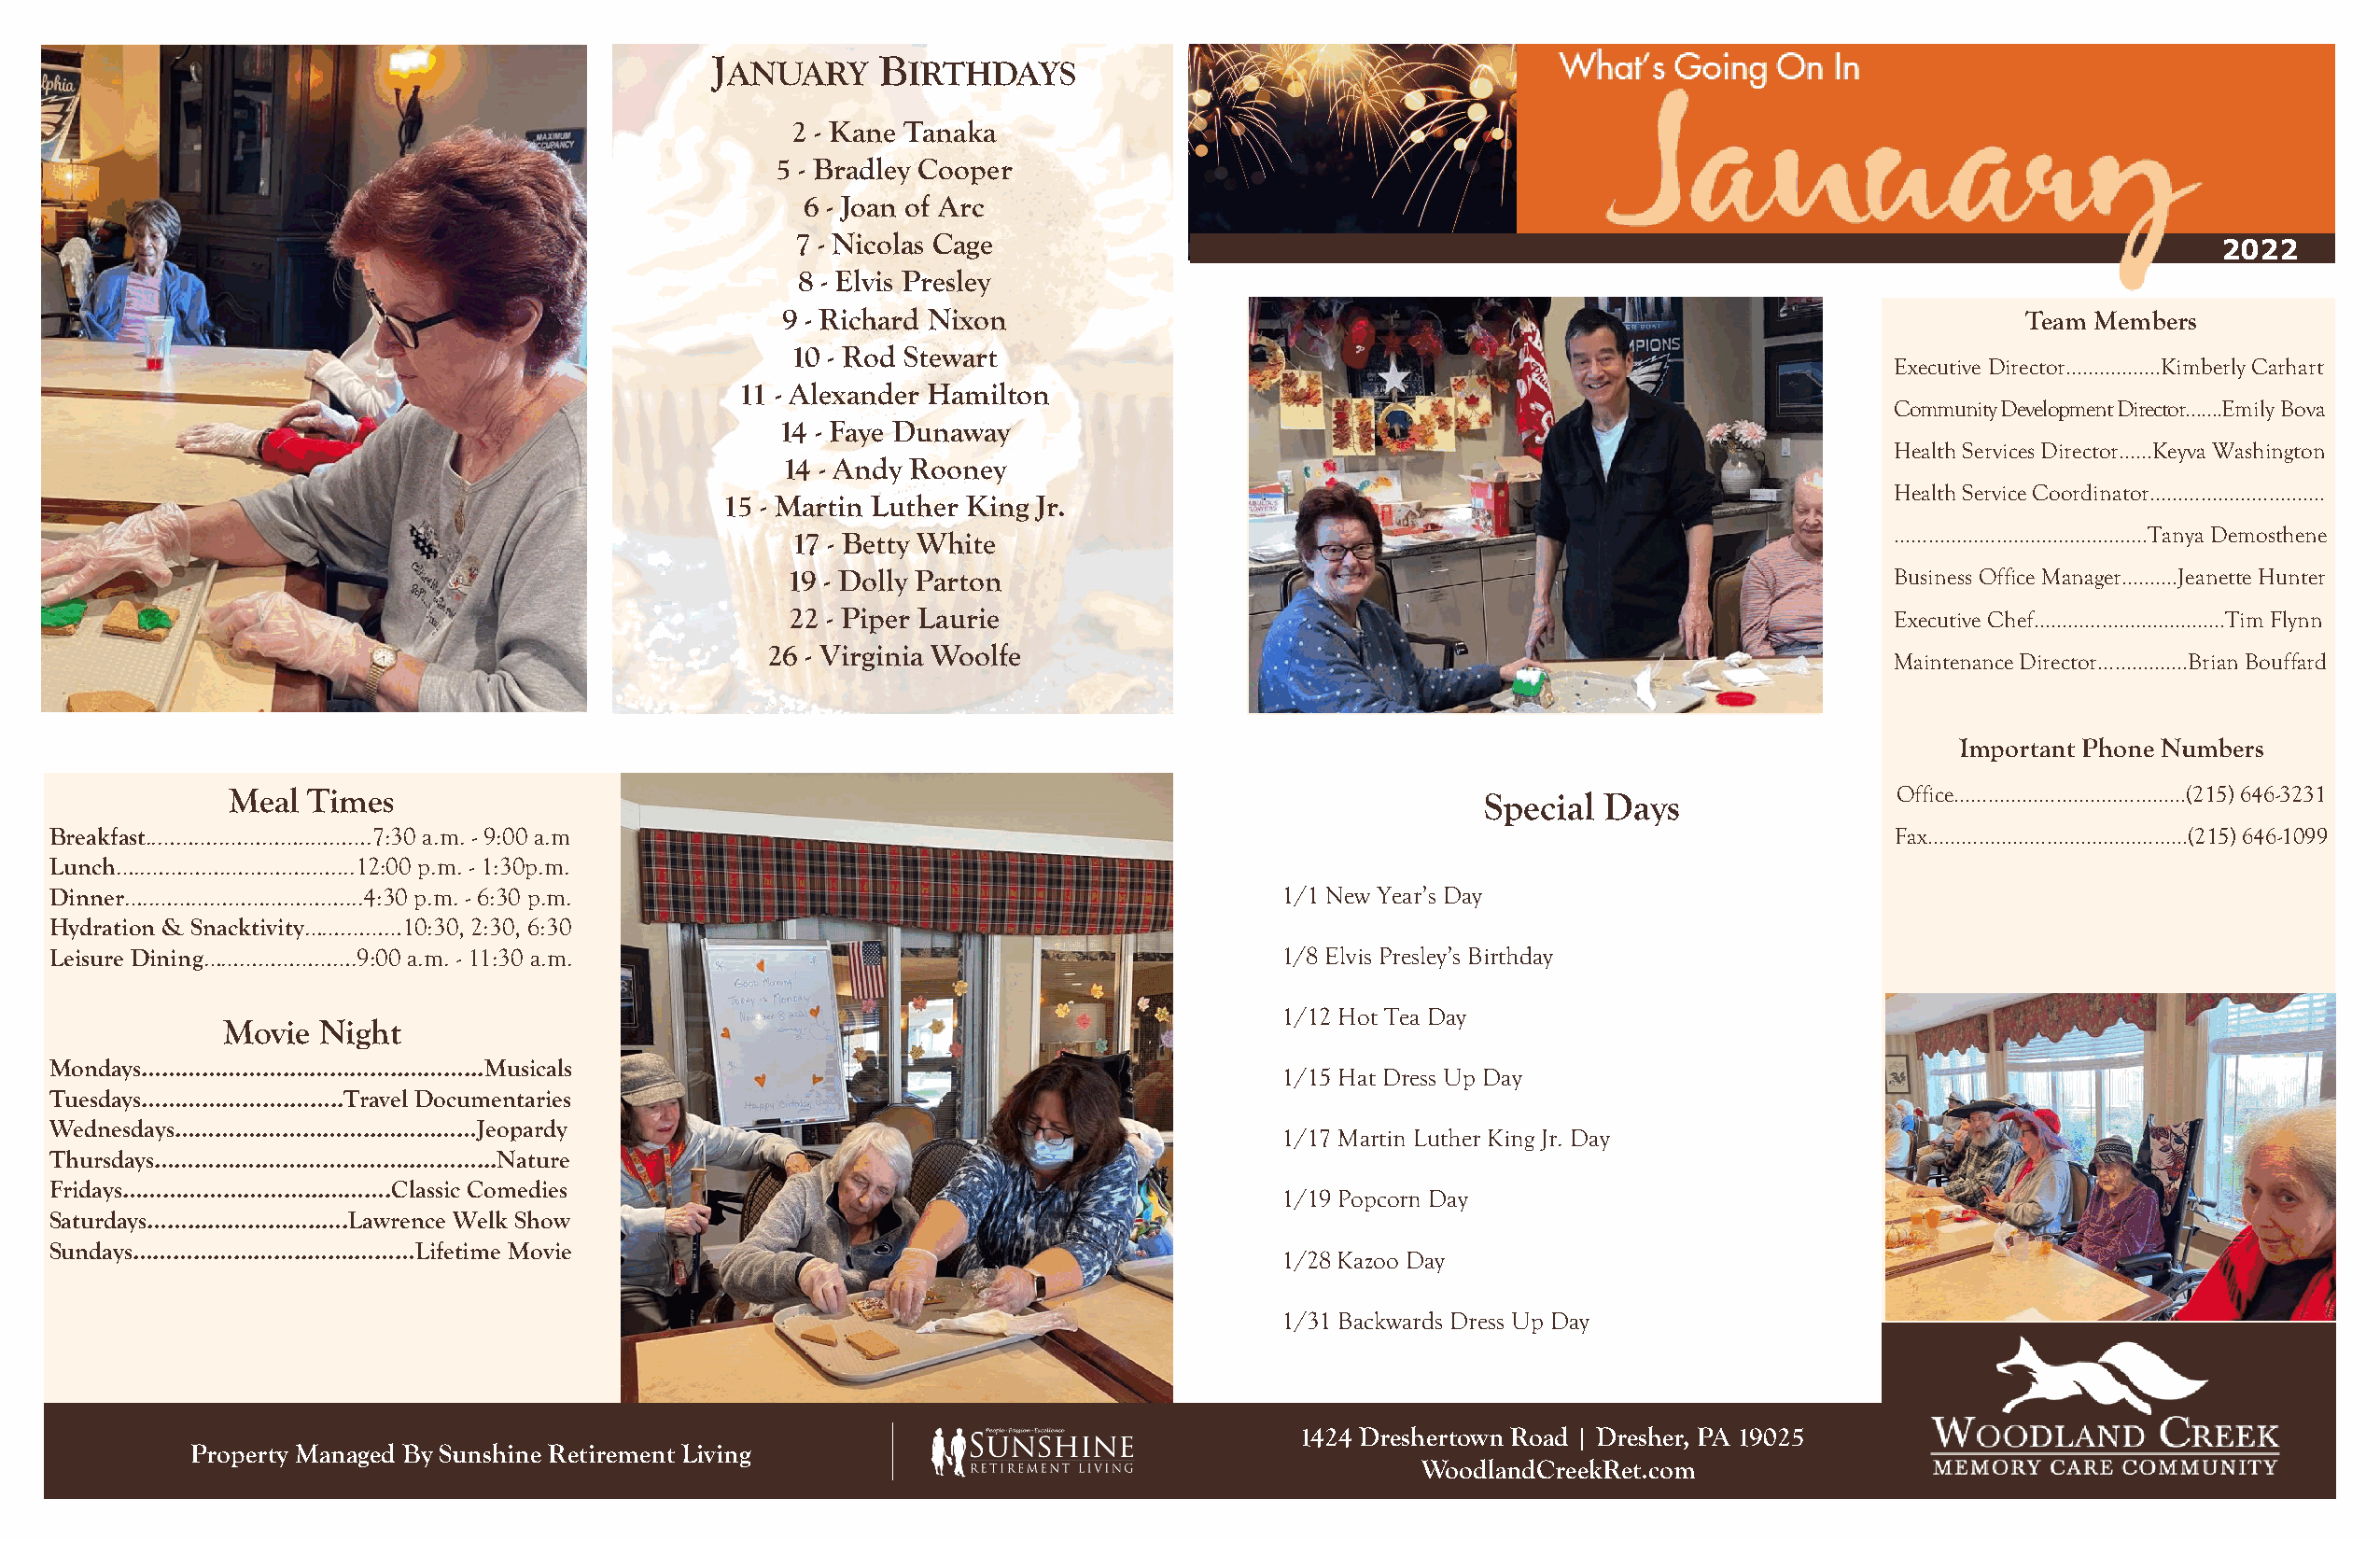
J          B
 Shining    Star                       ANUARY      IRTHDAYS
 Team Member Name                                   2 - Kane Tanaka
 5 - Bradley Cooper
 Job Title                                       6 - Joan of Arc
 Years at Community
 7 - Nicolas Cage
 2022
 8 - Elvis Presley
 9 - Richard Nixon                                                                        Team Members
 10 - Rod Stewart
 Executive Director………..……Kimberly Carhart
 11 - Alexander Hamilton
 Community Development Director…….Emily Bova
 More about Team Member                             14 - Faye Dunaway
 Health Services Director…...Keyva Washington
 14 - Andy Rooney
 Health Service Coordinator………………………….
 15 - Martin Luther King Jr.
 17 - Betty White                                                              ……………………………………...Tanya Demosthene
 19 - Dolly Parton                                                             Business Office Manager……….Jeanette Hunter
 22 - Piper Laurie                                                             Executive Chef…………….……............Tim Flynn
 26 - Virginia Woolfe
 Maintenance Director……...…….Brian Bouffard
 Important Phone Numbers
 Meal  Times                                                                              Special  Days                 Office…………………...…..…...……(215) 646-3231
 Breakfast..………..…………..……….7:30 a.m. - 9:00 a.m                                                                                     Fax…………………………….…………(215) 646-1099
 Lunch…..………….…………..…....12:00 p.m. - 1:30p.m.
 Dinner…..…………………………....4:30 p.m. - 6:30 p.m.                                            1/1 New Year’s Day
 Hydration & Snacktivity…….………10:30, 2:30, 6:30
 Leisure Dining…………………….9:00 a.m. - 11:30 a.m.                                           1/8 Elvis Presley’s Birthday
 1/12 Hot Tea Day
 Movie  Night
 Mondays………………….……………..………...Musicals
 1/15 Hat Dress Up Day
 Tuesdays………………….……..Travel Documentaries
 Wednesdays………….……………..……………Jeopardy
 1/17 Martin Luther King Jr. Day
 Thursdays…………….…………………..………...Nature
 Fridays………………………...……….Classic Comedies
 1/19 Popcorn Day
 Saturdays……...……………..….Lawrence Welk Show
 Sundays……………………..…….………Lifetime  Movie
 1/28 Kazoo Day
 1/31 Backwards Dress Up Day
 1424 Dreshertown Road | Dresher, PA 19025
 Property Managed By Sunshine Retirement Living
 WoodlandCreekRet.com